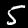
Digit: 5